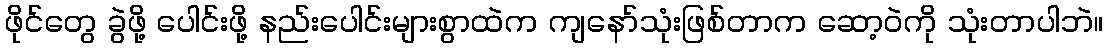
ဖိုင်တွေ ခွဲဖို့ ပေါင်းဖို့ နည်းပေါင်းများစွာထဲက ကျနော်သုံးဖြစ်တာက ဆော့ဝဲကို သုံးတာပါဘဲ။